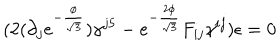
LaTeX: ( 2 ( \partial _ { j } e ^ { - \frac { \phi } { \sqrt { 3 } } } ) \gamma ^ { j 5 } - e ^ { - \frac { 2 \phi } { \sqrt { 3 } } } F _ { i j } \gamma ^ { i j } ) \epsilon = 0